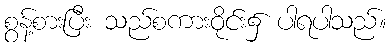
စွန့်စားပြီး သည်စကားဝိုင်း၌ ပါရပါသည်။